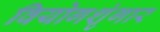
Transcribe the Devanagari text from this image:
वियोगशृंगार